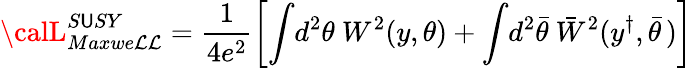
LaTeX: {\calL}_{Maxwe\mathcal{L}\mathcal{L}}^{S\mathsf{U}SY}=\frac{{1}}{{4e^{2}}}\left[\int\! d^{2}\theta~W^{2}\! \left(y,\theta\right)+\int\! d^{2}\bar{{\theta}}~\bar{{W}}^{2}(y^{\dagger},\bar{{\theta}}\, )\right]